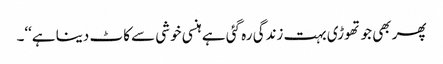
پھر بھی جو تھوڑی بہت زندگی رہ گئی ہے ہنسی خوشی سے کاٹ دینا ہے‘‘۔